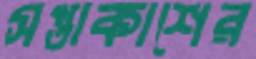
সপ্তাকাশের